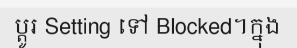
ប្តូរ Setting ទៅ Blocked។ក្នុង